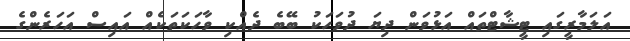
އަލަމާރީގައި ޓީޝާޓްތައް އަޅުވަން ދިޔަ ދުވަހަކު ބޭބެ ދެއްކި ވާހަކަތަކެއް އައިސް އަހަރެންގެ